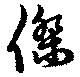
傑